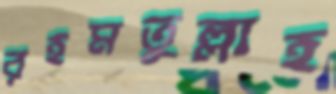
রহমতুল্লাহ